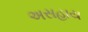
અસહાય